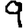
Digit: 9